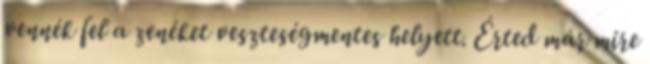
vennék fel a zenéket veszteségmentes helyett. Érted már mire